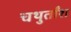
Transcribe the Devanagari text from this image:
चथुर्तांश